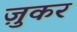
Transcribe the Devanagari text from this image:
ज़ुकर